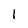
Character: 1